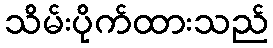
သိမ်းပိုက်ထားသည်